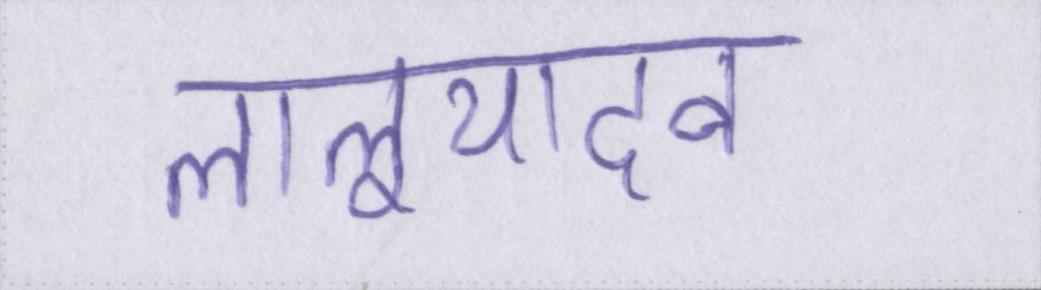
लालूयादव